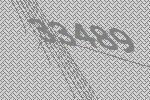
33489